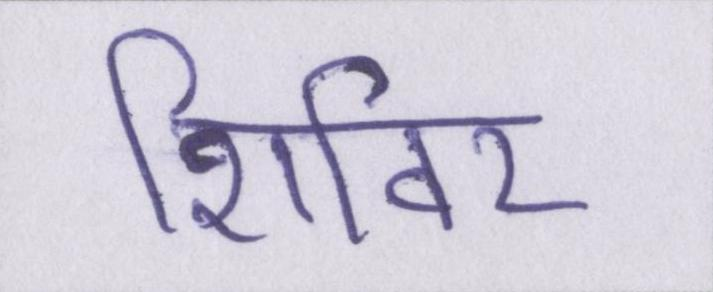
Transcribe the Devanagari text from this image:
शिविर